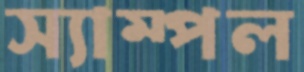
স্যাম্পল